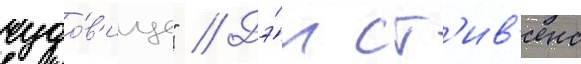
чудо́в'ище" // Дэ́н ст'ив'енс